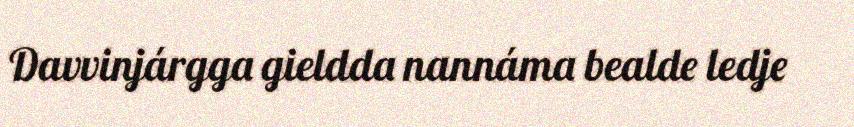
Davvinjárgga gieldda nannáma bealde ledje